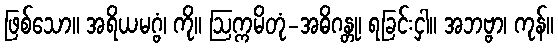
ဖြစ်သော။ အရိယမဂ္ဗံ၊ ကို။ ဩက္ကမိတုံ-အဓိဂန္တု၊ ရခြင်းငှါ။ အဘဗ္ဗာ၊ ကုန်။